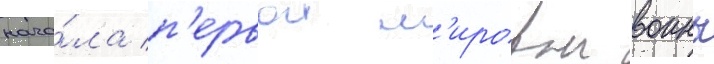
нача́ла п'ервои м'ировои воины